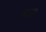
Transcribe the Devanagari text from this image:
व्यग्रः